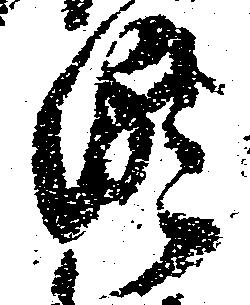
滝